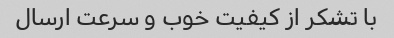
با تشکر از کیفیت خوب و سرعت ارسال